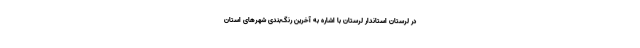
در لرستان استاندار لرستان با اشاره به آخرین رنگ‌بندی شهرهای استان